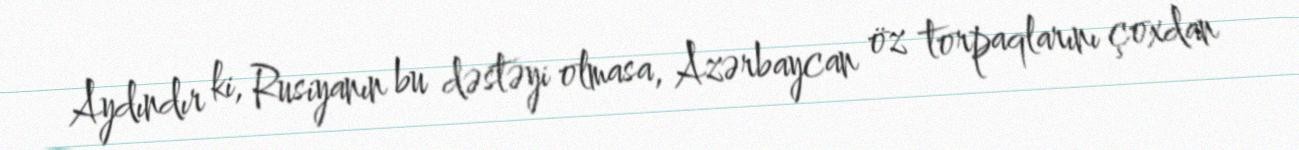
Aydındır ki, Rusiyanın bu dəstəyi olmasa, Azərbaycan öz torpaqlarını çoxdan